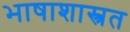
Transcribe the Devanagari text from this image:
भाषाशास्त्रत